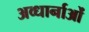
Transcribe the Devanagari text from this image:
अव्धार्नाओं